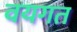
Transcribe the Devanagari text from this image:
वयगत